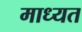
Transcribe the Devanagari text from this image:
माध्यत